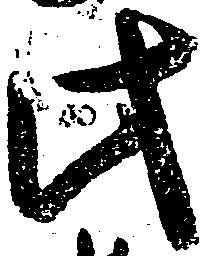
此